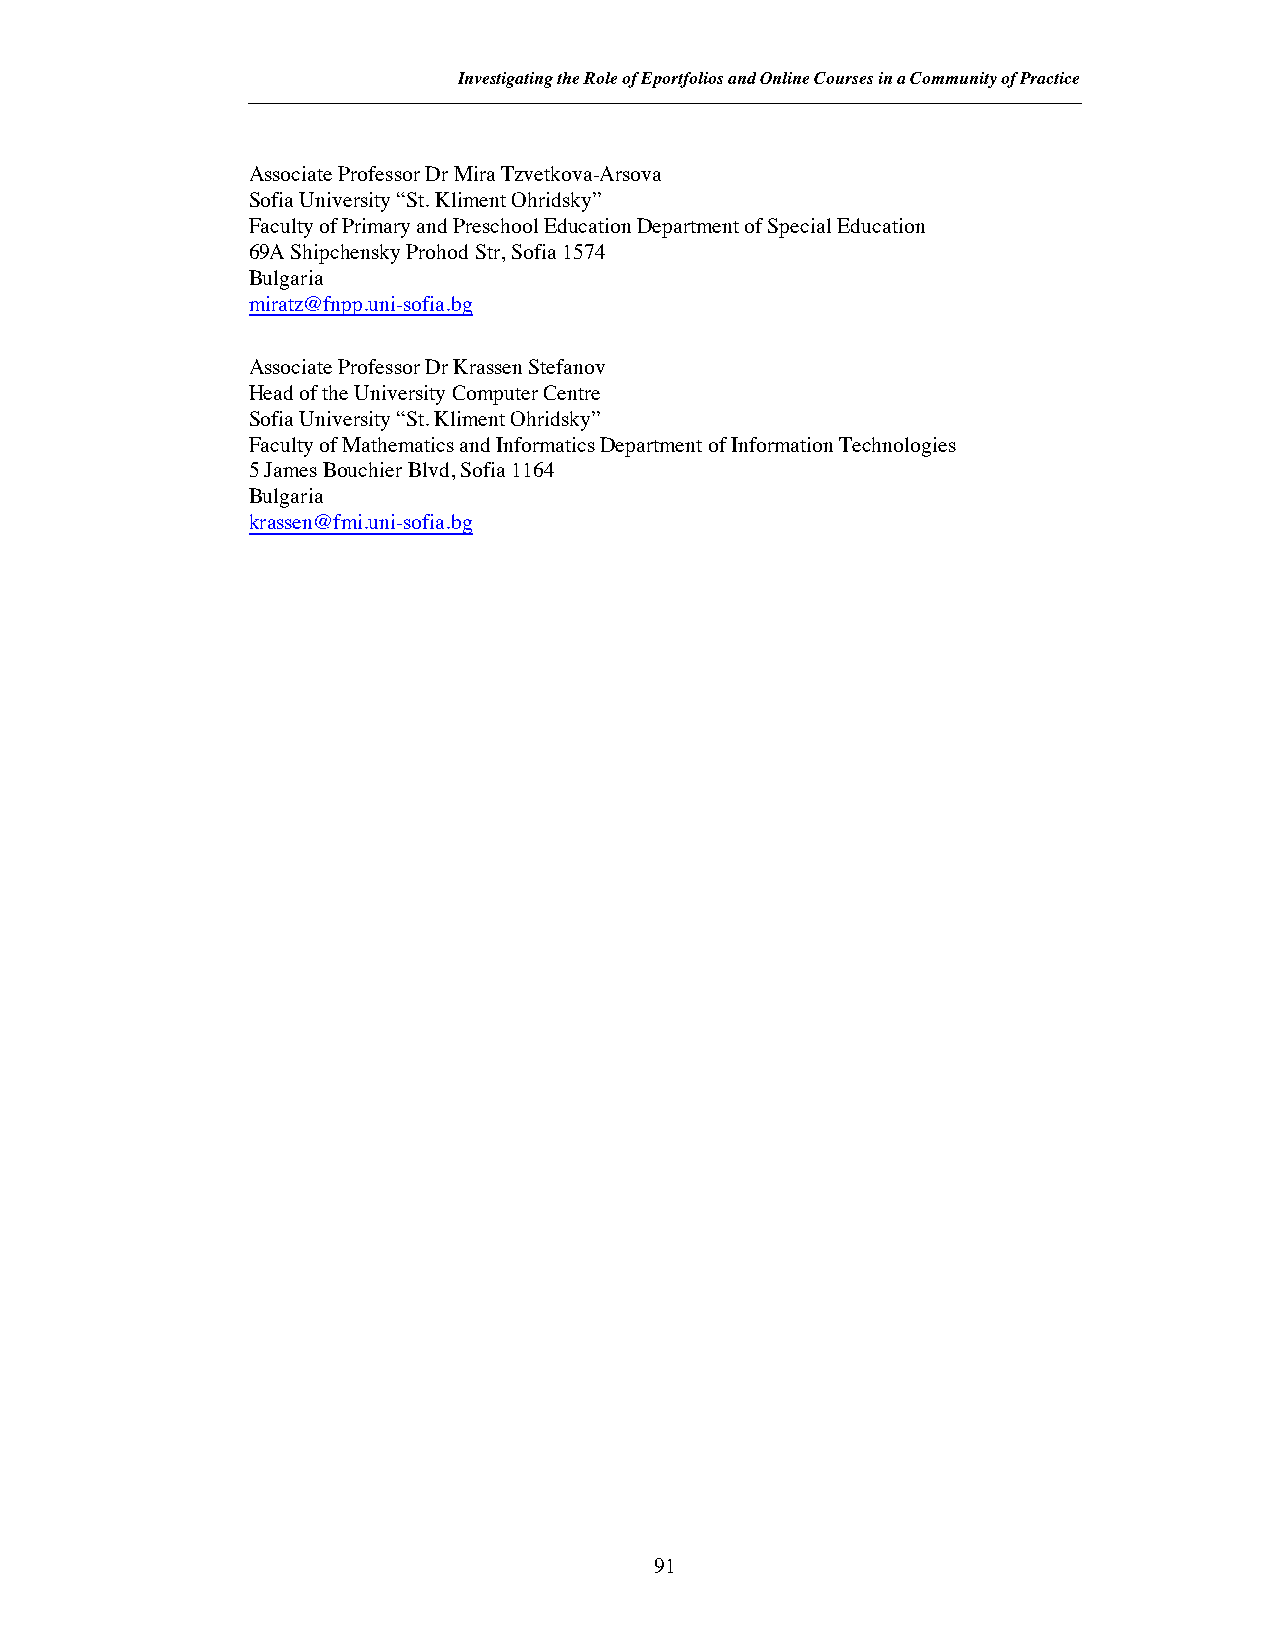
Investigating the Role of Eportfolios and Online Courses in a Community of Practice
 Associate Professor Dr Mira Tzvetkova-Arsova
 Sofia University “St. Kliment Ohridsky”
 Faculty of Primary and Preschool Education Department of Special Education
 69A Shipchensky Prohod Str, Sofia 1574
 Bulgaria
 miratz@fnpp.uni-sofia.bg
 Associate Professor Dr Krassen Stefanov
 Head of the University Computer Centre
 Sofia University “St. Kliment Ohridsky”
 Faculty of Mathematics and Informatics Department of Information Technologies
 5 James Bouchier Blvd, Sofia 1164
 Bulgaria
 krassen@fmi.uni-sofia.bg
 91